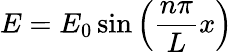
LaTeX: E=E_{0}\sin\left({\frac{n\pi}{L}}x\right)\,